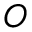
O